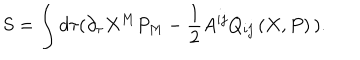
LaTeX: S = \int d \tau ( \partial _ { \tau } X ^ { M } P _ { M } - \frac { 1 } { 2 } A ^ { i j } Q _ { i j } \left( X , P \right) \, ) .